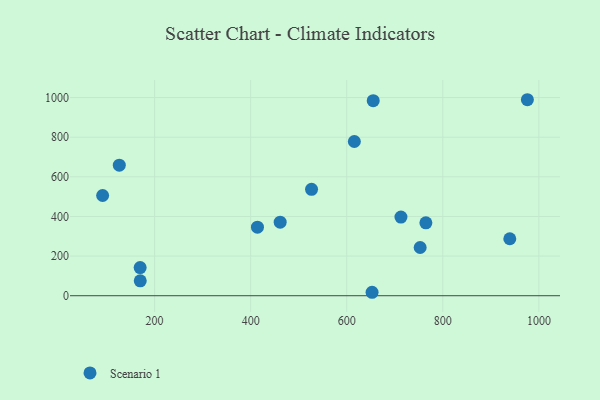
{"axis": {"x": "Engine Size", "y": "Fuel Efficiency"}, "legend": ["Scenario 1"], "data": [{"x": "461.4", "y": 371.0, "type": "Scenario 1"}, {"x": "652.7", "y": 17.4, "type": "Scenario 1"}, {"x": "414.1", "y": 346.0, "type": "Scenario 1"}, {"x": "126.5", "y": 659.0, "type": "Scenario 1"}, {"x": "752.8", "y": 243.3, "type": "Scenario 1"}, {"x": "615.8", "y": 778.4, "type": "Scenario 1"}, {"x": "170.1", "y": 75.1, "type": "Scenario 1"}, {"x": "976.0", "y": 989.1, "type": "Scenario 1"}, {"x": "169.9", "y": 141.8, "type": "Scenario 1"}, {"x": "939.4", "y": 287.5, "type": "Scenario 1"}, {"x": "526.7", "y": 536.9, "type": "Scenario 1"}, {"x": "655.1", "y": 984.5, "type": "Scenario 1"}, {"x": "764.7", "y": 368.0, "type": "Scenario 1"}, {"x": "91.8", "y": 505.8, "type": "Scenario 1"}, {"x": "712.8", "y": 396.7, "type": "Scenario 1"}]}